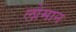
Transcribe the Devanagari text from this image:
लोमान